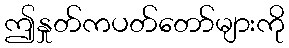
ဤနှုတ်ကပတ်တော်များကို